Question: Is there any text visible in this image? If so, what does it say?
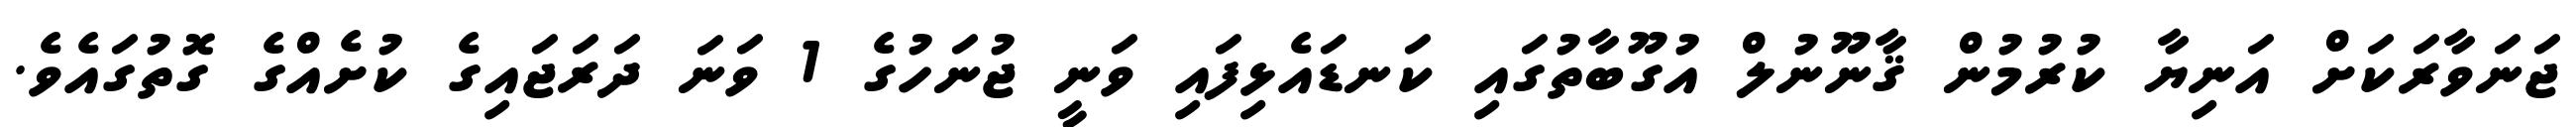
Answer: ޖަނަވާރަކަށް އަނިޔާ ކުރުމުން ޤާނޫނުލް އުގޫބާތުގައި ކަނޑައެޅިފައި ވަނީ ޖުނަހުގެ 1 ވަނަ ދަރަޖައިގެ ކުށެއްގެ ގޮތުގައެވެ.